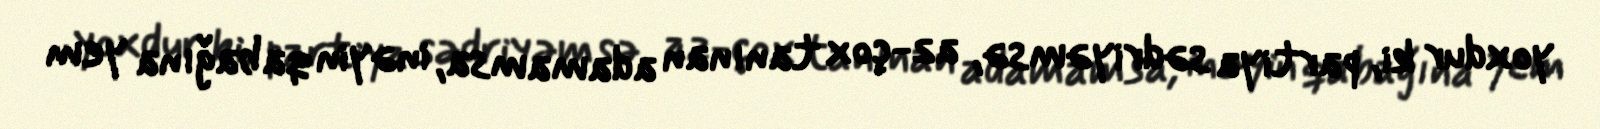
yoxdur ki, partiya sədriyəmsə, az-çox tanınan adamamsa, inəyin qabağına yem